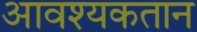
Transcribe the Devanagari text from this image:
आवश्यकतान